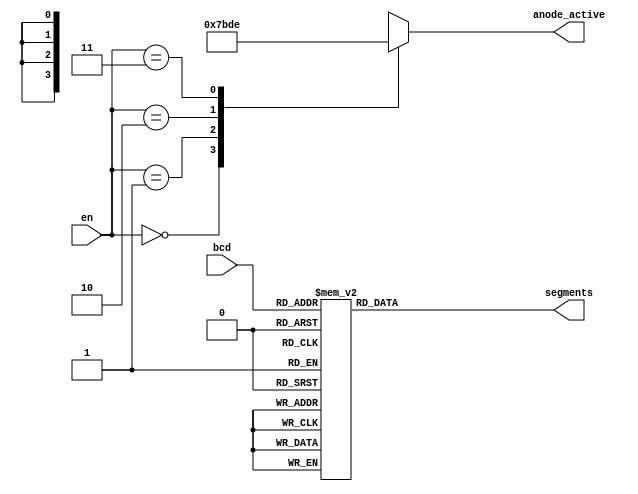
`timescale 1ns / 1ps
//////////////////////////////////////////////////////////////////////////////////
// Company: 
// Engineer: 
// 
// Design Name: 
// Module Name: decoder_7447
// Project Name: 
// Target Devices: 
// Tool Versions: 
// Description: 
// 
// Dependencies: 
// 
// Revision:
// Revision 0.01 - File Created
// Additional Comments:
// 
//////////////////////////////////////////////////////////////////////////////////


module decoder_7447(input [1:0]en, input [3:0] bcd, output reg [3:0]anode_active, output reg [0:6] segments);

always @(*) begin
        case(en)
     0: anode_active = 4'b0111;
     1: anode_active = 4'b1011;
     2: anode_active = 4'b1101;
     3: anode_active = 4'b1110;
     endcase
    case (bcd)
        0: segments = 7'b0000001; // 0 1111110 0000001
        1: segments = 7'b1001111; // 1 0000110 1111001
        2: segments = 7'b0010010; // 2 1101101 0010010
        3: segments = 7'b0000110; // 3 1111001 0000110
        4: segments = 7'b1001100; // 4 0110011 1001100
        5: segments = 7'b0100100; // 5 1011011 0100100
        6: segments = 7'b0100000; // 6 1011111 0100000
        7: segments = 7'b0001111; // 7 1110000 0001111
        8: segments = 7'b0000000; // 8 1111111 0000000
        9: segments = 7'b0001100; // 9 1110011 0001100
        10: segments = 7'b1111110;
        default: segments = 7'b0000000; // no display
    endcase
end

endmodule